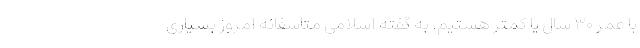
با عمر ۳۰ سال یا کمتر هستیم. به گفته اسلامی متأسفانه امروز بسیاری